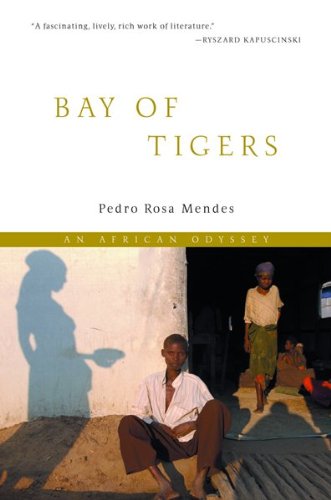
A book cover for Bay of Tigers: An Odyssey through War-torn Angola; Pedro Rosa Mendes; Travel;